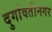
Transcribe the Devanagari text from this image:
दुर्गावतीनगर